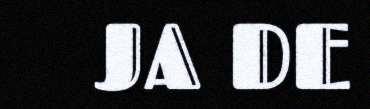
JA DE